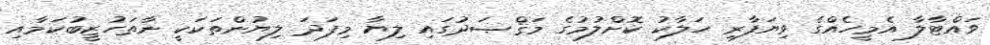
ވައްޓާލާ އެމީހެއްގެ ވިޔަފާރި ހަލާކު ކޮށްލުމުގެ މަޤްޞަދުގައި ލިޔާ މިފަދަ ލިޔުންތަކަކީ ނާތަހުޒީބުކަމާއި